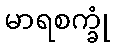
မာရစက္ခုံ